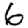
Digit: 6